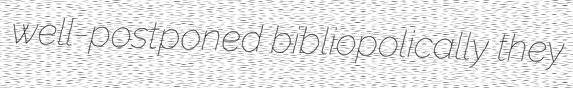
well-postponed bibliopolically they